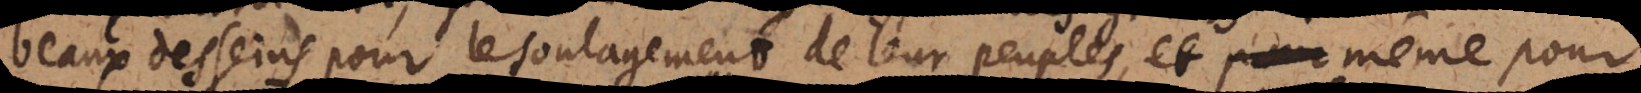
beaux desseins pour le soulagement de leur peuples, et même pour